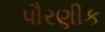
પૌરણીક